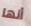
أنها